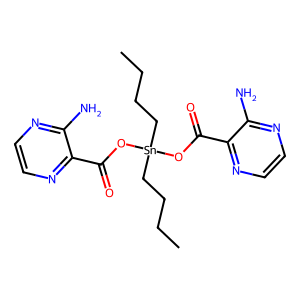
SMILES: CCCC[Sn](CCCC)(OC(=O)c1nccnc1N)OC(=O)c1nccnc1N
Inhibits HIV replication: No